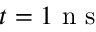
t = 1 \mathrm { ~ n ~ s ~ }